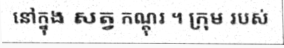
នៅក្នុង សត្វ កណ្តុរ ។ ក្រុម របស់